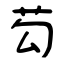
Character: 芶